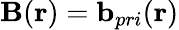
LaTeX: \mathbf{B}(\mathbf{r})=\mathbf{b}_{pri}(\mathbf{r})